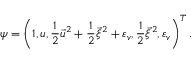
\boldsymbol { \psi } = \left( 1 , \boldsymbol { u } , \frac { 1 } { 2 } { \vec { u } } ^ { 2 } + \frac { 1 } { 2 } { \vec { \xi } } ^ { 2 } + { \varepsilon _ { v } } , \frac { 1 } { 2 } { \vec { \xi } } ^ { 2 } , { \varepsilon _ { v } } \right) ^ { T } .